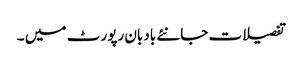
تفصیلات جانئے بادبان رپور ٹ میں ۔